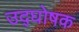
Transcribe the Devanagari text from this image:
उद्‍घोषक